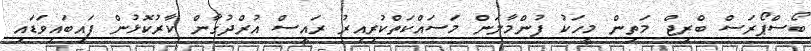
ބޯސްޕޯރަސް ބްރިޖް މަތިން މީހަކު ފުންމާލަން މަސައްކަތްކުރިއިރު ރައީސް އުރްދުގާން ކާރުކޮޅުން ފައިބައިވަޑައި